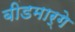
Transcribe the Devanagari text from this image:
बीडमार्गे